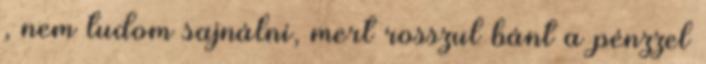
, nem tudom sajnálni, mert rosszul bánt a pénzzel